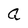
Character: a